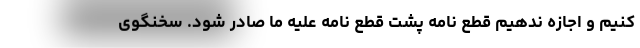
کنیم و اجازه ندهیم قطع نامه پشت قطع نامه علیه ما صادر شود. سخنگوی